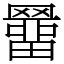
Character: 羀